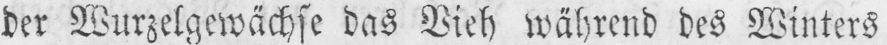
der Wurzelgewächse das Vieh während des Winters